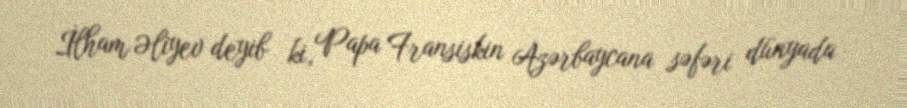
İlham Əliyev deyib ki, Papa Fransiskin Azərbaycana səfəri dünyada